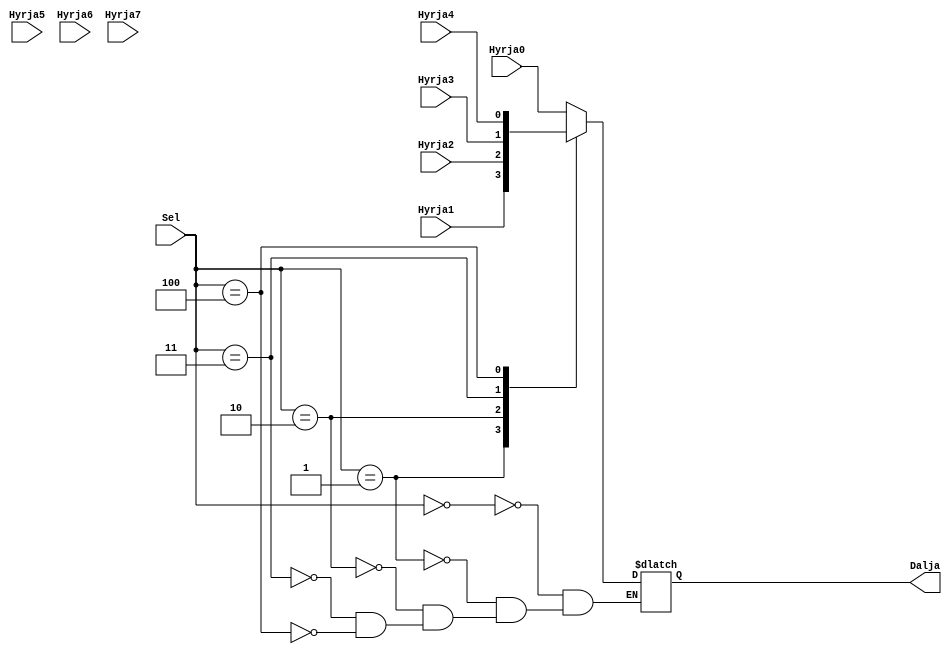
`timescale 1ns / 1ps
//////////////////////////////////////////////////////////////////////////////////
// Company: 
// Engineer: 
// 
// Design Name: 
// Module Name: mux8ne1
// Project Name: 
// Target Devices: 
// Tool Versions: 
// Description: 
// 
// Dependencies: 
// 
// Revision:
// Revision 0.01 - File Created
// Additional Comments:
// 
//////////////////////////////////////////////////////////////////////////////////


module mux8ne1(
    input Hyrja0,
    input Hyrja1,
    input Hyrja2,
    input Hyrja3,
    input Hyrja4,
    input Hyrja5,
    input Hyrja6,
    input Hyrja7,
    input [2:0] Sel,
    output reg Dalja
);
       
   always @* begin
     case(Sel)
        3'b000: Dalja = Hyrja0;
        3'b001: Dalja = Hyrja1;
        3'b010: Dalja = Hyrja2;
        3'b011: Dalja = Hyrja3;
        3'b100: Dalja = Hyrja4; 
    endcase
    end

endmodule